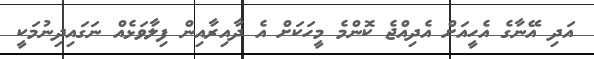
އަދި އޭނާގެ އެހީއަށް އެދިއްޖެ ކޮންމެ މީހަކަށް އެ ދާއިރާއިން ފިލާވަޅެއް ނަގައިދިނުމަކީ